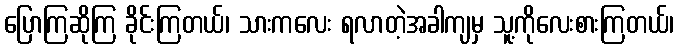
ပြောကြဆိုကြ ခိုင်းကြတယ်၊ သားကလေး ရလာတဲ့အခါကျမှ သူ့ကိုလေးစားကြတယ်၊